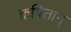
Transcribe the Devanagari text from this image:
कपितान्